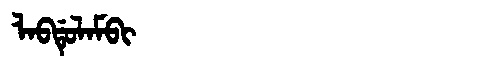
Manchu: ᠯᠠᠪᡩᡠᠯᠠᠮᠪᡳ
Romanization: LABDULAMBI